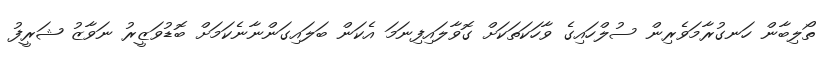
ތޯލިބާން ހަނގުރާމަވެރިން ސުލްހައިގެ ވާހަކަތަކަށް ގޮވާލައިފިނަމަ އެކަން ބަލައިގަންނާނެކަމަށް ބޮޑުވަޒީރު ނަވާޒު ޝަރީފު